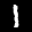
Label: 1